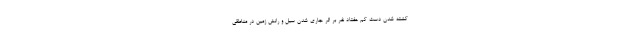
کشته شدن دست کم هفتاد نفر بر اثر جاری شدن سیل و رانش زمین در مناطقی